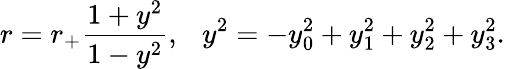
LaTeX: r=r_{+}\frac{1+y^{2}}{1-y^{2}},\ \ \ y^{2}=-y_{0}^{2}+y_{1}^{2}+y_{2}^{2}+y_{3}^{2}.